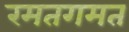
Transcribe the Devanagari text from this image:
रमतगमत